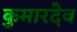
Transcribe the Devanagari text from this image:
कुमारदेव